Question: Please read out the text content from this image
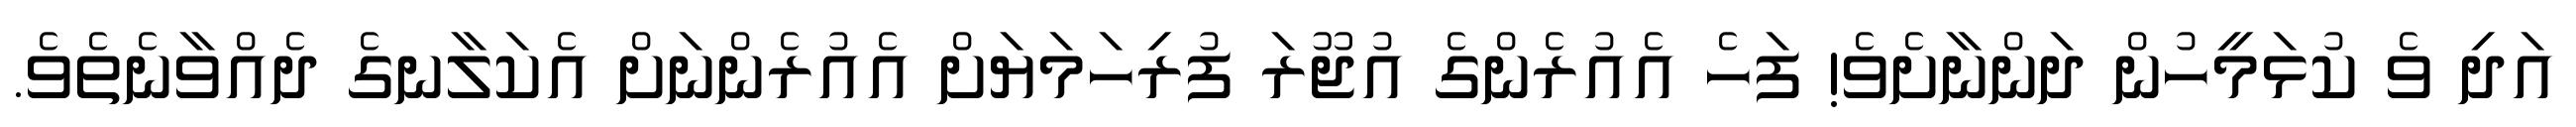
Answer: އަދި ވެ ކުޅަމީހުން ދަންނާށެވެ! ފަހެ އެއުރެންގެ އުޖޫރަ ފުރިހަމަޔަށް އެއުރެންނަށް އެކަލާނގެ ދެއްވާނެތެވެ.